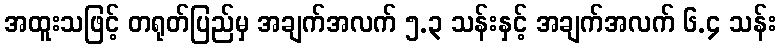
အထူးသဖြင့် တရုတ်ပြည်မှ အချက်အလက် ၅.၃ သန်းနှင့် အချက်အလက် ၆.၄ သန်း